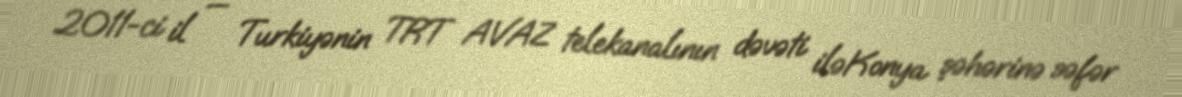
2011-ci il — Turkiyənin TRT AVAZ telekanalının dəvəti iləKonya şəhərinə səfər